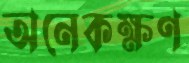
অনেকক্ষণ